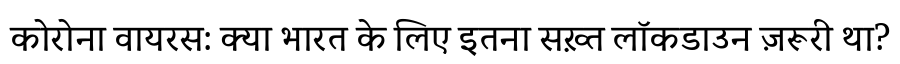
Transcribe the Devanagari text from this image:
कोरोना वायरस: क्या भारत के लिए इतना सख़्त लॉकडाउन ज़रूरी था?